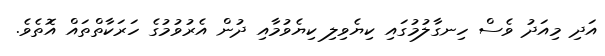
އަދި މިއަދު ވެސް ހިނގާލުމުގައި ކިޔެވިލި ކިޔެވުމާއި ދުން އެރުވުމުގެ ހަރަކާތްތައް އޮތެވެ.